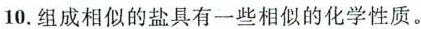
10.组成相似的盐具有一些相似的化学性质。